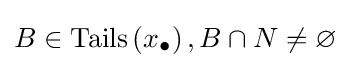
B\in \operatorname {Tails} \left(x_{\bullet }\right),B\cap N\neq \varnothing